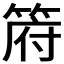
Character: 𮅟